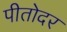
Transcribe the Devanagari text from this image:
पीतोदर